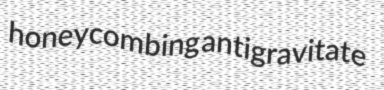
honeycombing antigravitate